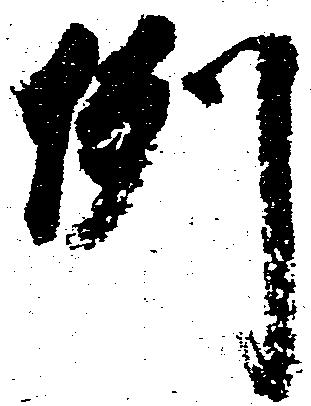
例